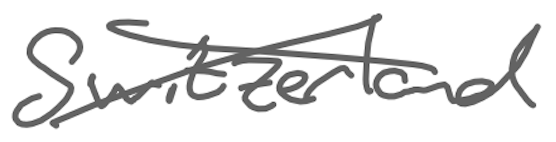
Text: Switzerland
Cross-out: cross
Writing tool: digital_gray